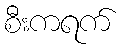
စီးကရက်